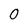
Character: 0